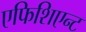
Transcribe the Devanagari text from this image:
एफिशिएन्ट